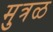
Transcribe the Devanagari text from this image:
मुत्रळ